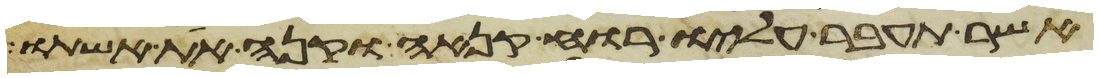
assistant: אשר תעבר עליו רוח קנאה וקנא את אשתו